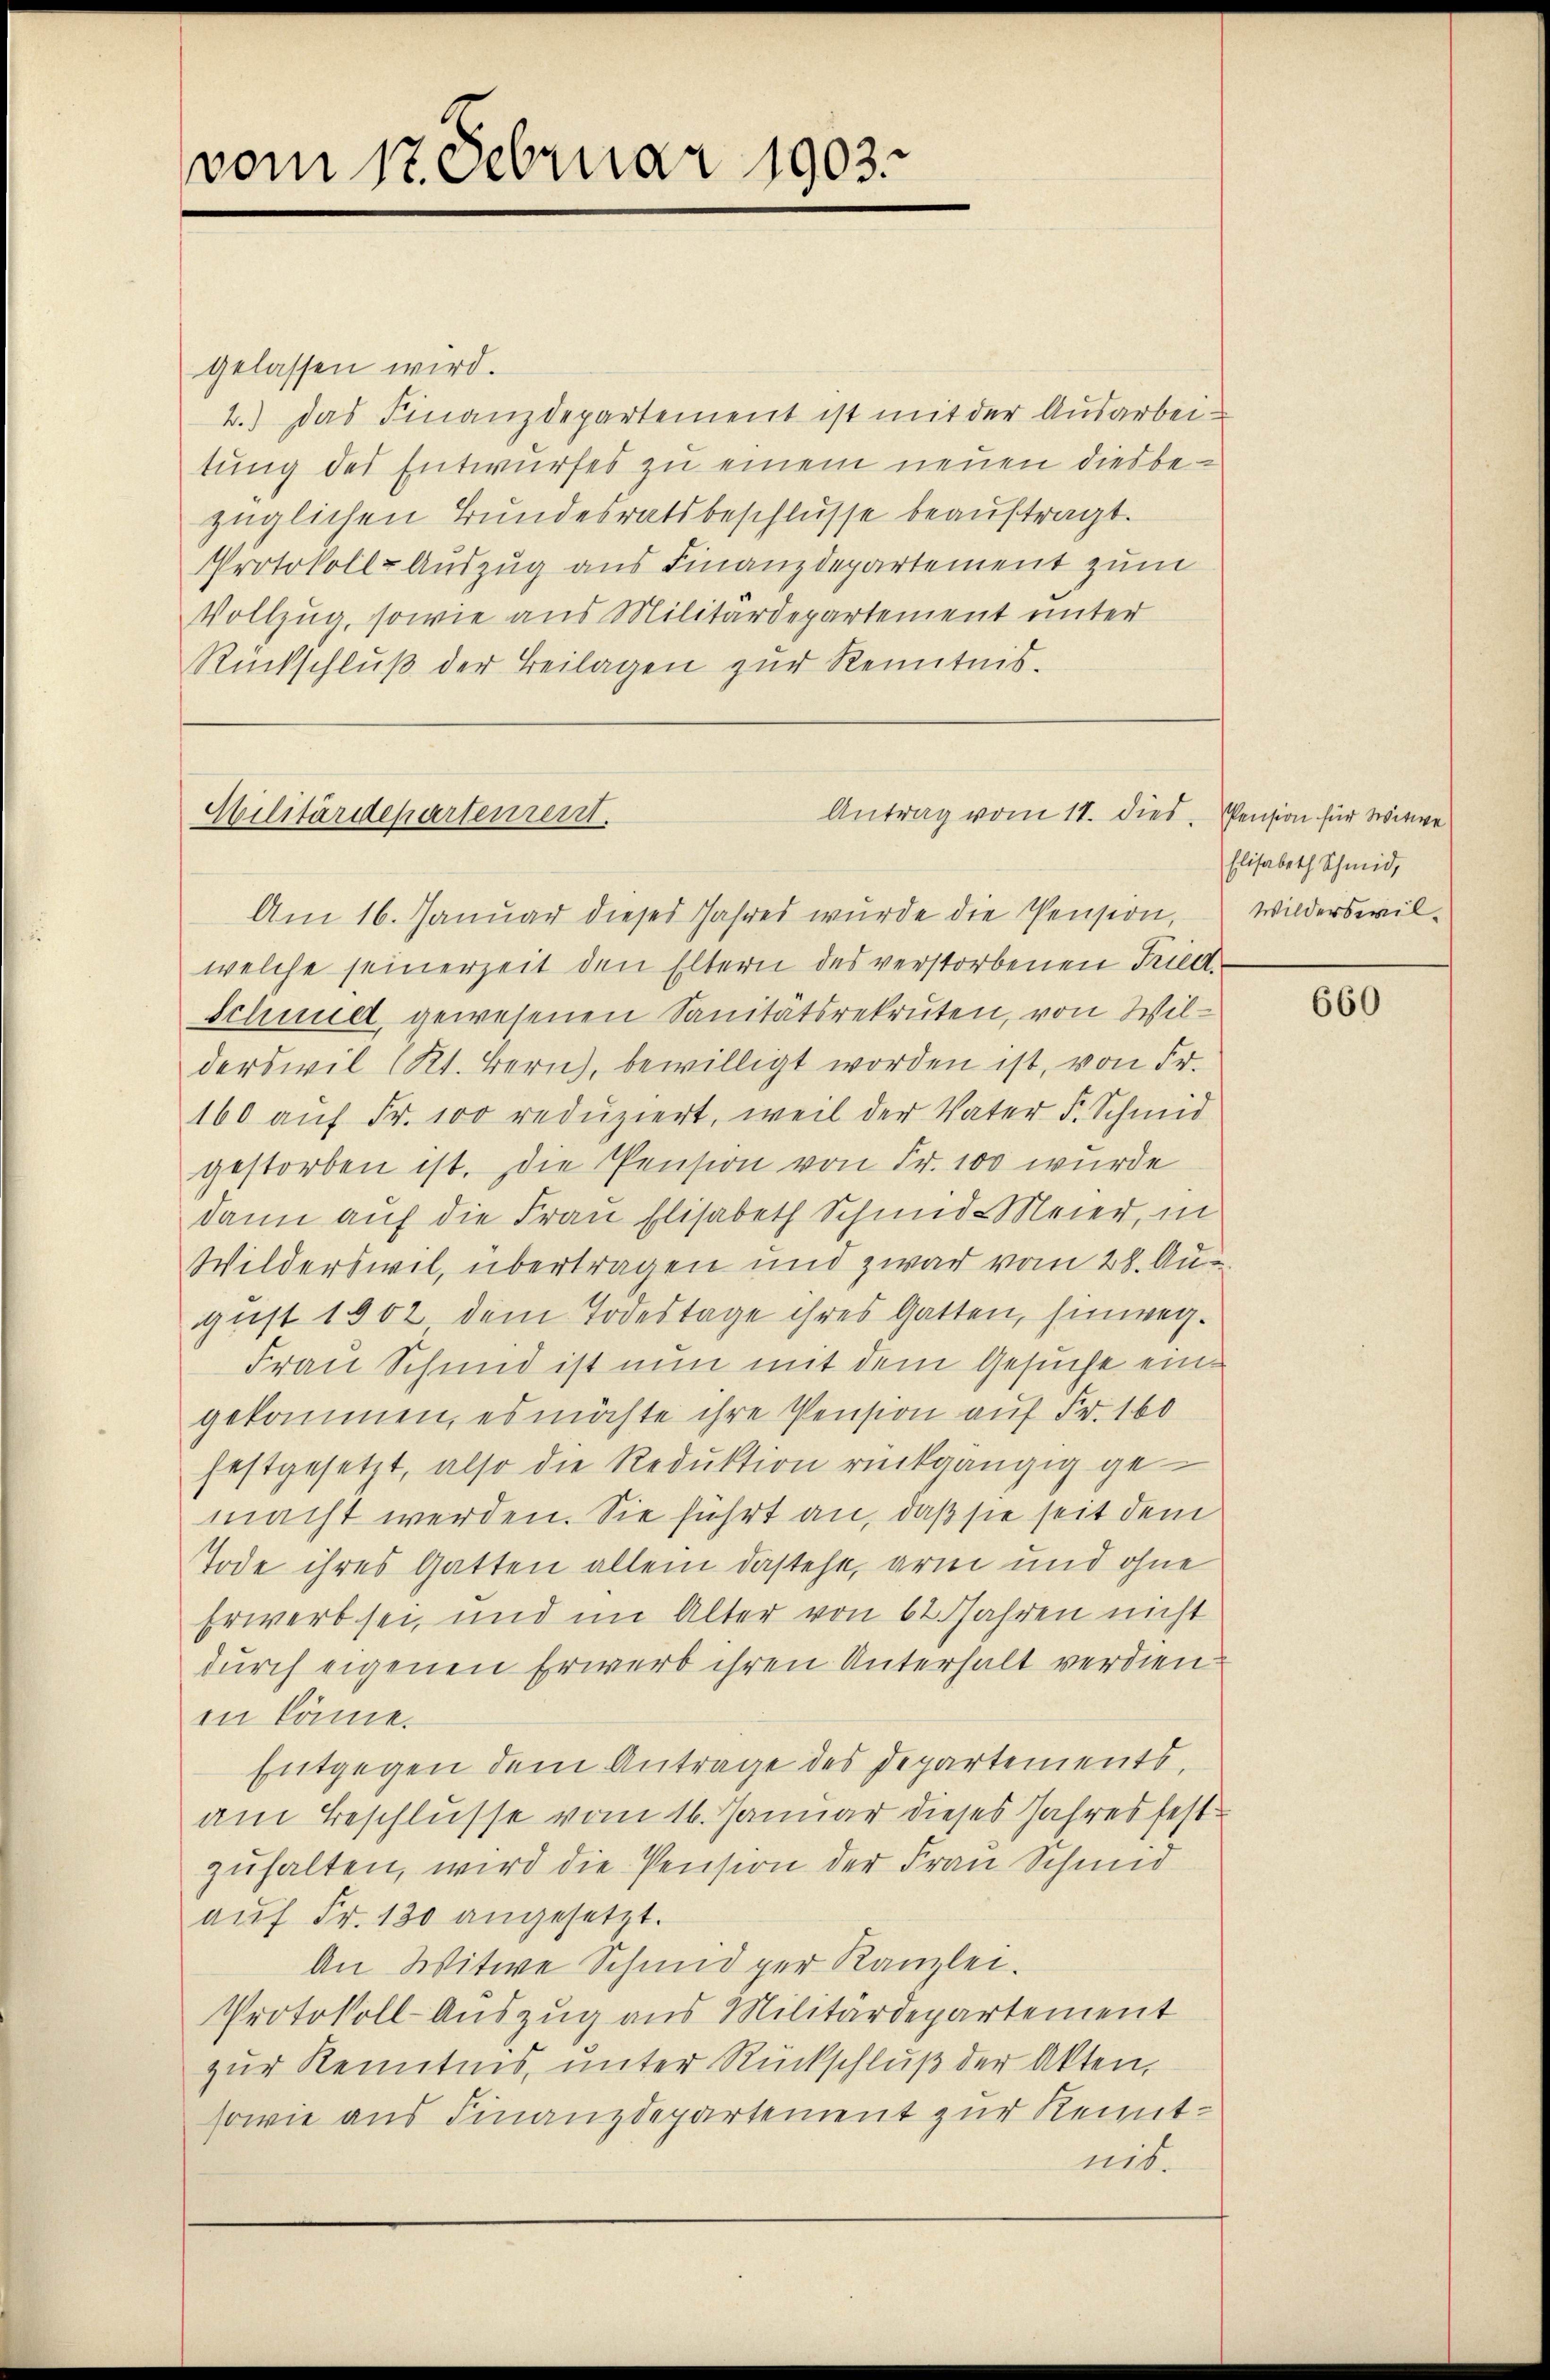
vom 17. Februar 1903.

gelassen wird.
2.) Das Finanzdepartement ist mit der Ausarbeitung des Entwurfes zu einem neuen diesbezüglichen Bundesratsbeschlüsse beauftragt.
Protokoll-Auszug aus Finanzdepartement zum
Vollzug, sowie aus Militärdepartement unter
Rückschluß der Beilagen zur Kenntnis.

Militärdepartement.

Antrag vom 11. dies

Am 16. Januar dieses Jahres wurde die Pension,
welche seinerzeit den Eltern des verstorbenen Fried
Schmid gewesenen Sanitätsrekruten, von Wilderswil Kt. Bern, bewilligt worden ist, von Fr.
160 auf Fr. 100 reduziert, weil der Vater F. Schmid
gestorben ist. Die Pension von Fr. 100 wurde
dann auf die Frau Elisabeth Schmid-Meier, in
Wilderswil, übertragen und zwar vom 28. Au
gust 1902 dem Todestage ihres Gatten, hinweg.
Frau Schmid ist nun mit dem Gesuche eingekommen, es möchte ihre Pension auf Fr. 160
festgesetzt, also die Reduktion rückgängig ge
macht werden. Sie führt an, daß sie seit dem
Tode ihres Gatten allein dastehe, arm und ohne
Erwerb sei, und im Alter von 62. Jahren nicht
durch eigenen Erwerb ihren Unterhalt verdien
in könne.
Entgegen dem Antrage des Departements,
am Beschlusse vom 16. Januar dieses Jahres fest
zuhalten, wird die Pension der Frau Schmid
aŭf Fr. 130 angesetzt.
An Witwe Schmid per Kanzlei.
Protokoll-Auszug aus Militärdepartement
zur Kenntnis, unter Rückschluß der Akten,
sowie aus Finanzdepartement zur Kenntnis.

Pension für Witwe
Elisabeth Schmid,
Wilderswil¬

660